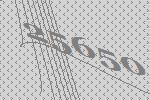
25650